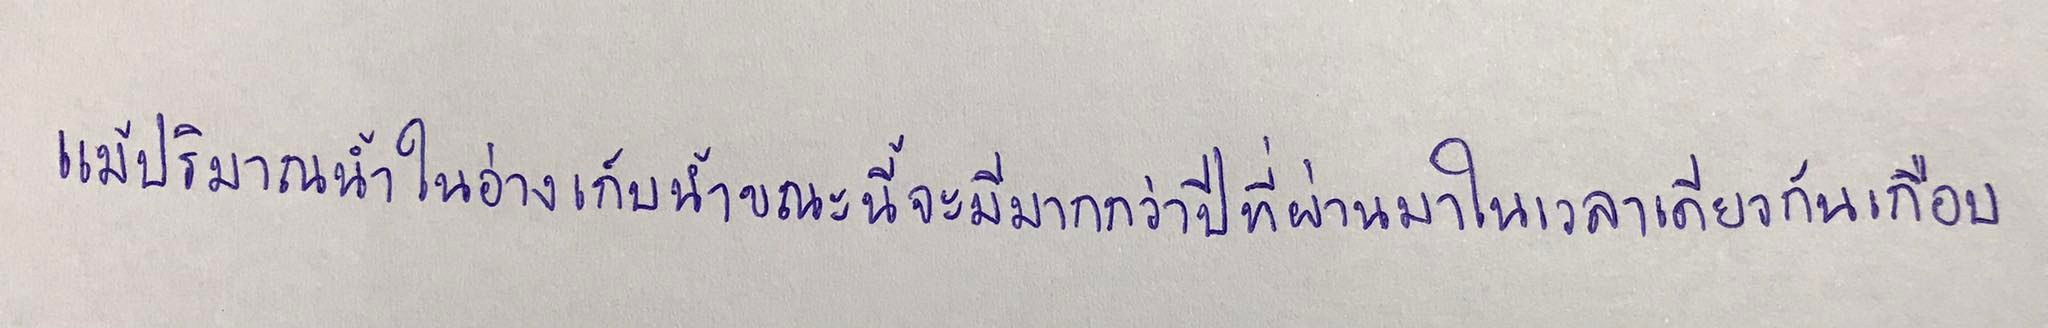
แม้ปริมาณน้ำในอ่างเก็บน้ำขณะนี้จะมีมากกว่าปีที่ผ่านมาในเวลาเดียวกันเกือบ